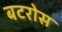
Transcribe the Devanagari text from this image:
बटरोस